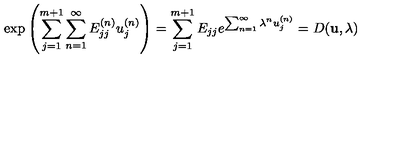
\exp \left( { \sum _ { j = 1 } ^ { m + 1 } \sum _ { n = 1 } ^ { \infty } E _ { j j } ^ { ( n ) } u _ { j } ^ { ( n ) } } \right) = \sum _ { j = 1 } ^ { m + 1 } E _ { j j } e ^ { \sum _ { n = 1 } ^ { \infty } \lambda ^ { n } u _ { j } ^ { ( n ) } } = D ( { \bf u } , \lambda )